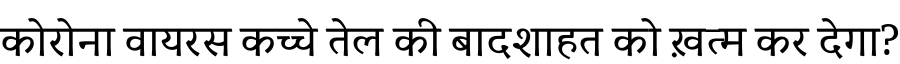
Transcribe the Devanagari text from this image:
कोरोना वायरस कच्चे तेल की बादशाहत को ख़त्म कर देगा?